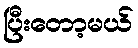
ပြီးတော့မယ်